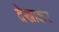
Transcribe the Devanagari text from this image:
देखाकर